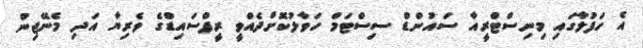
އެ ހަފުލާގައި މިނިސްޓްރީއާ ސައުންޑް ސިސްޓަމް ހަވާލުކޮށްދެއްވީ ރީފްސައިޑްގެ ވެރިޔާ އަދި މެނޭޖިން